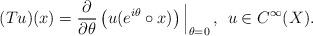
LaTeX: \begin{align*}(Tu)(x)=\frac{\partial}{\partial\theta}\left(u(e^{i\theta}\circ x)\right)\Big|_{\theta=0}\,, \:\:u\in C^\infty(X).\end{align*}